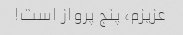
عزیزم، پنج پرواز است!